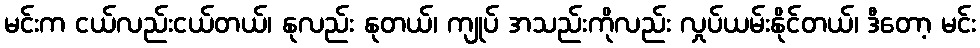
မင်းက ငယ်လည်းငယ်တယ်၊ နုလည်း နုတယ်၊ ကျုပ် အသည်းကိုလည်း လှုပ်ယမ်းနိုင်တယ်၊ ဒီတော့ မင်း